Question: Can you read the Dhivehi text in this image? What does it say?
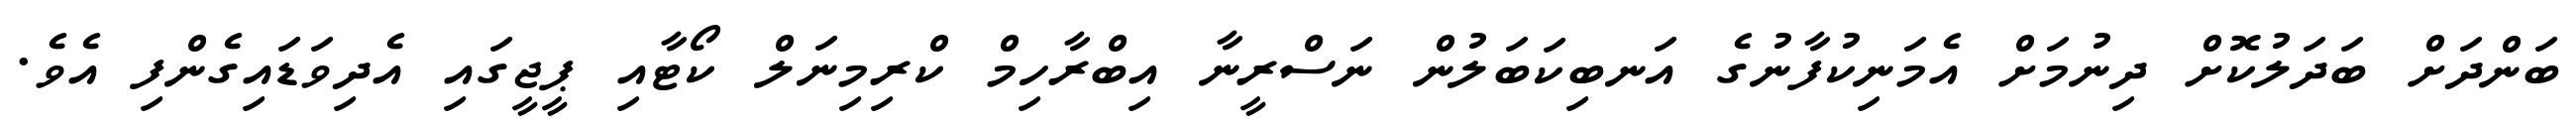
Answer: ބަންދަށް ބަދަލުކޮށް ދިނުމަށް އެމަނިކުފާނުގެ އަނބިކަބަލުން ނަސްރީނާ އިބްރާހިމް ކްރިމިނަލް ކޯޓާއި ޕީޖީގައި އެދިވަޑައިގެންފި އެވެ.